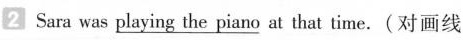
2 Sara was$$ \underline{playing the piano }$$at that time.(对画线